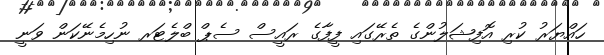
ހައްޔަރު ކުރި އޮފިޝަލުންގެ ތެރޭގައި ފީފާގެ ރައީސް ސެޕް ބްލެޓަރ ނުހިމެނޭކަން ވަނީ